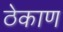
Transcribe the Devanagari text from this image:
ठेकाण